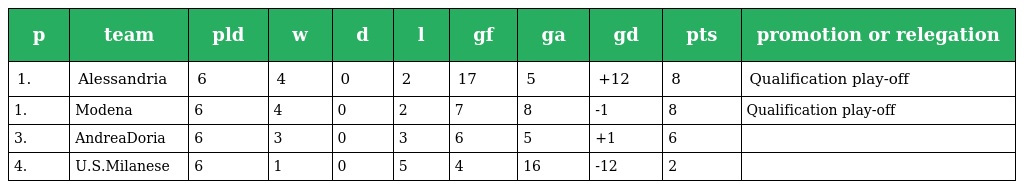
| p | team | pld | w | d | l | gf | ga | gd | pts | promotion or relegation |
 | --- | --- | --- | --- | --- | --- | --- | --- | --- | --- | --- |
 | 1. | Alessandria | 6 | 4 | 0 | 2 | 17 | 5 | +12 | 8 | Qualification play-off |
 | 1. | Modena | 6 | 4 | 0 | 2 | 7 | 8 | -1 | 8 | Qualification play-off |
 | 3. | AndreaDoria | 6 | 3 | 0 | 3 | 6 | 5 | +1 | 6 |  |
 | 4. | U.S.Milanese | 6 | 1 | 0 | 5 | 4 | 16 | -12 | 2 |  |